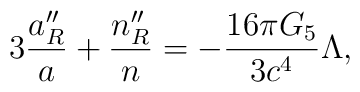
3{a^{\prime\prime}_R\over a}+{n^{\prime\prime}_R\over n}=-{{16\pi G_5}\over{3c^4}}\Lambda,